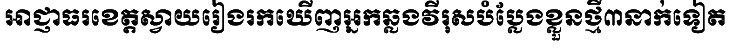
អាជ្ញាធរខេត្តស្វាយរៀងរកឃើញអ្នកឆ្លងវីរុសបំប្លែងខ្លួនថ្មី៣នាក់ទៀត